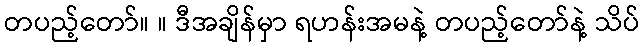
တပည့်တော်။ ။ ဒီအချိန်မှာ ရဟန်းအမနဲ့ တပည့်တော်နဲ့ သိပ်